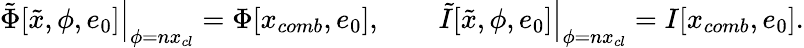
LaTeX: \left.\tilde{\Phi}[\tilde{x},\phi,e_{0}]\right|_{\phi=nx_{cl}}=\Phi[x_{comb},e_{0}],\qquad\left.\tilde{I}[\tilde{x},\phi,e_{0}]\right|_{\phi=nx_{cl}}=I[x_{comb},e_{0}].